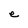
Character: e